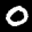
Label: 0